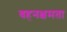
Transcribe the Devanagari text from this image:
वहनक्षमता